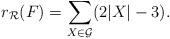
LaTeX: \begin{align*}r_{\mathcal R}(F)=\sum_{X\in\mathcal{G}} (2|X|-3).\end{align*}